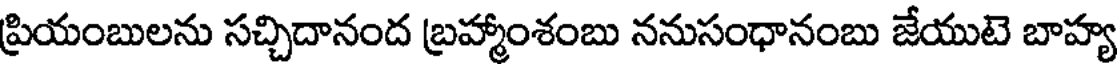
ప్రియంబులను సచ్చిదానంద బ్రహ్మాంశంబు ననుసంధానంబు జేయుటె బాహ్య